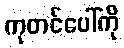
ကုတင်ပေါ်ကို